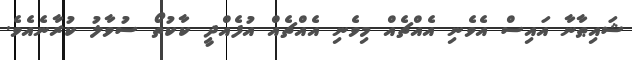
ޝައިޠާނާ އައިސް އެވެނި އެއްޗެއް މިވެނި އެއްޗެއް އުފެއްދީ ކާކުތޯ ސުވާލު ކުރާނެއެވެ.